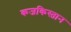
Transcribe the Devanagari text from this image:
कजकिस्तान